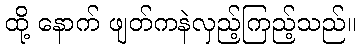
ထို့ နောက် ဖျတ်ကနဲလှည့်ကြည့်သည်။